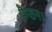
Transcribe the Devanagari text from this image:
फैशन।